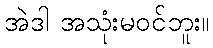
အဲဒါ အသုံးမဝင်ဘူး။